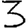
Digit: 3